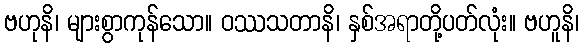
ဗဟုနိ၊ များစွာကုန်သော။ ဝဿသတာနိ၊ နှစ်အရာတို့ပတ်လုံး။ ဗဟူနိ၊